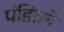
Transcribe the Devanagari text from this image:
पंडितने